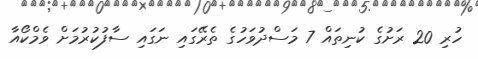
ހުރި 20 ރަށުގެ ކުނިތައް 7 މަސްދުވަހުގެ ތެރޭގައި ނަގައި ސާފުކުރުމަށް ވެމްކޯއާ